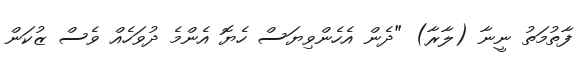
ފާތުމަތު ނީނާ (ލާރާ) "ދެން އެހެންވިޔަސް ހެޔޮ އެންމެ ދުވަހެއް ވެސް ޒުކަން